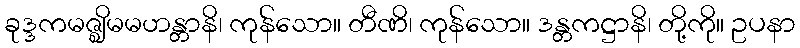
ခုဒ္ဒကမဇ္ဈိမမဟန္တာနိ၊ ကုန်သော။ တီဏိ၊ ကုန်သော။ ဒန္တကဋ္ဌာနိ၊ တို့ကို။ ဥပနာ